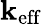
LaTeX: \mathbf{k}_{\mathrm{{eff}}}